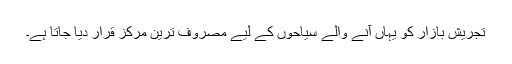
تجریش بازار کو یہاں آنے والے سیاحوں کے لیے مصروف ترین مرکز قرار دیا جاتا ہے۔